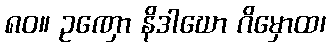
၈၀။ ဥဏှော နိဒါဃော ဂိမှောထ၊